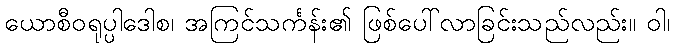
ယောစီဝရုပ္ပါဒေါစ၊ အကြင်သင်္ကန်း၏ ဖြစ်ပေါ်လာခြင်းသည်လည်း။ ဝါ၊